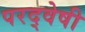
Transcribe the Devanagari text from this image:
परद्वेषी